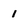
Character: 1